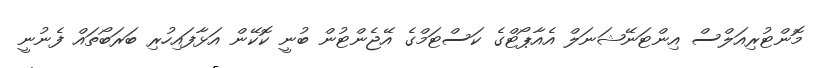
މޮންޓުރިއަލްސް އިންޓަނޭޝަނަލް އެއާޕޯޓްގެ ކަސްޓަމްގެ އޭޖެންޓުން ބުނީ ކޮކޭން އަޅާފައިހުރި ބަރަބޯތައް ފެނުނީ